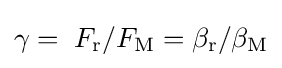
\gamma =\;F_{\mathrm {r} }/F_{\mathrm {M} }=\beta _{\mathrm {r} }/\beta _{\mathrm {M} }